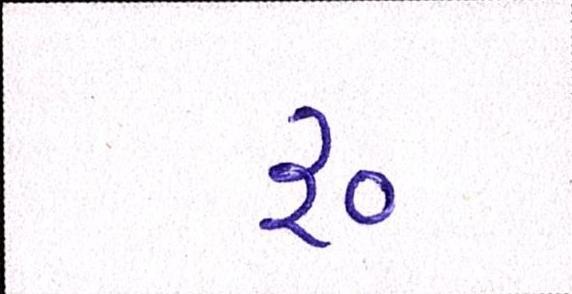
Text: ૱